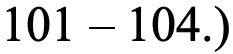
101 – 104.)